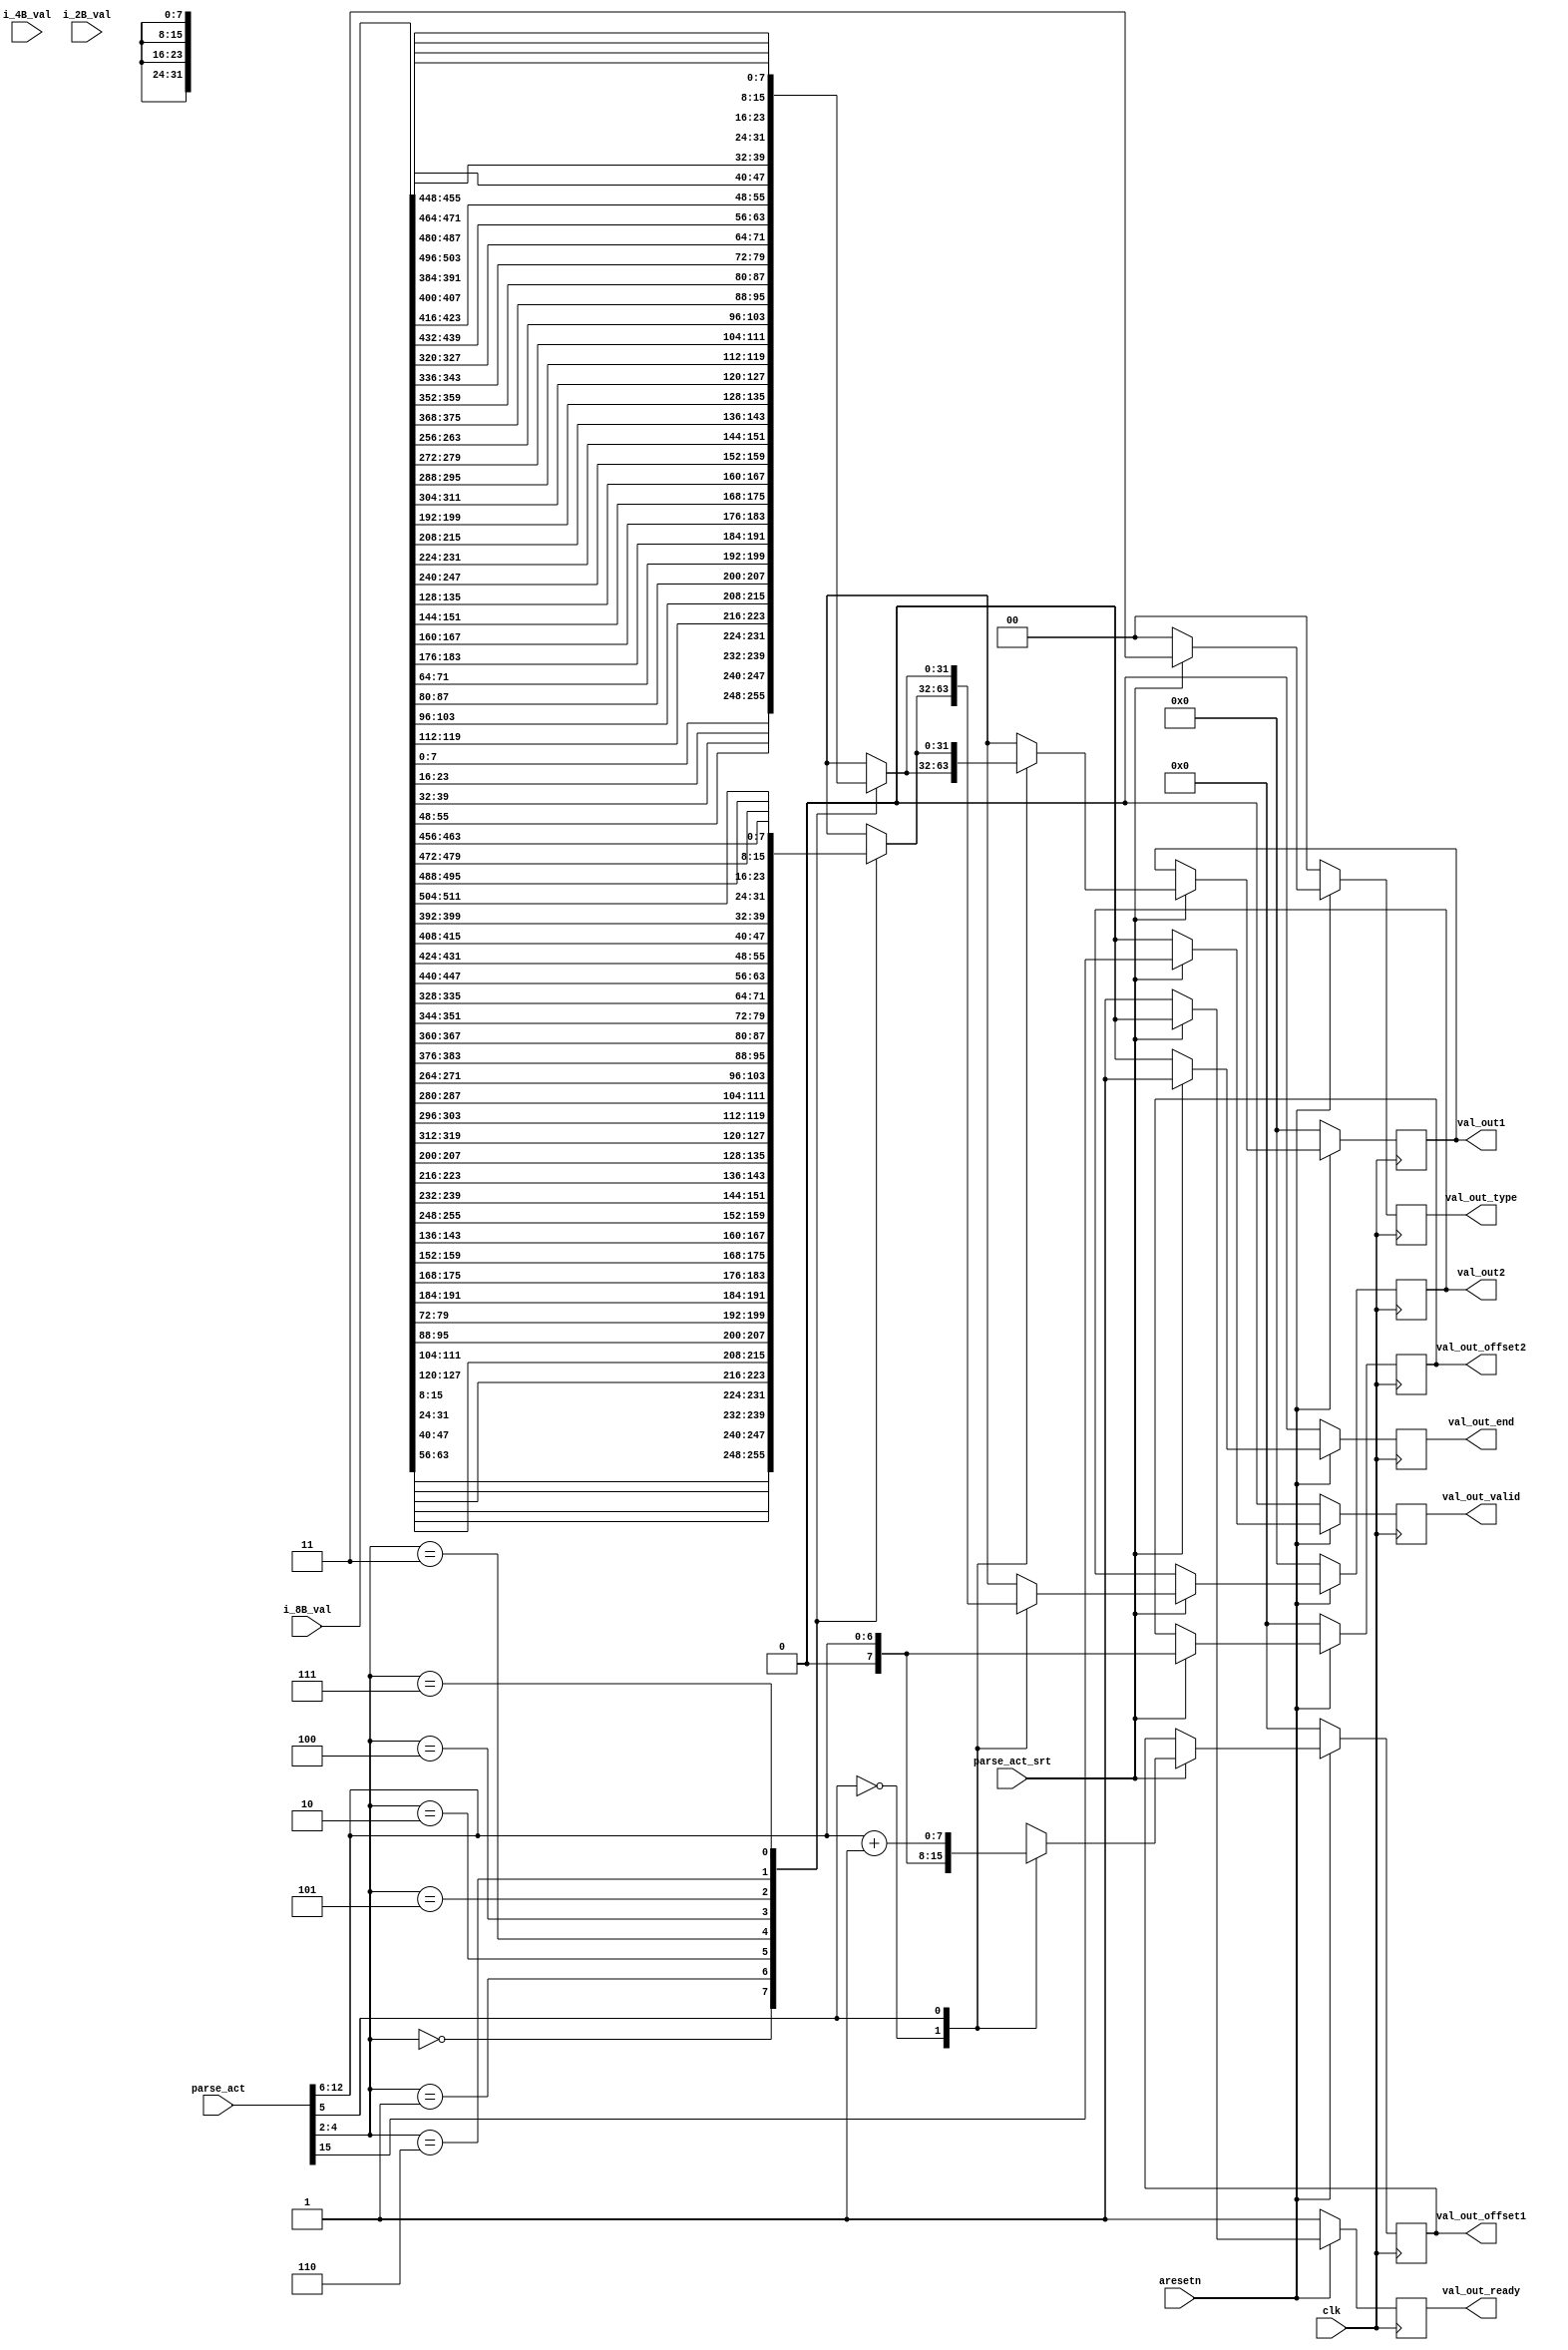
//15332
//[15] tvalid
//[12:8] Bytes offset 0-255,0-111:11111
//[7:5] Byte_in_seg
//[4:2] val_index
//[1:0] val_type,01:2B;10:4B;11:8B

//[12:5] Bytes by 32 bit
`timescale 1ns / 1ps
//////////////////////////////////////////////////////////////////////////////////
// Company: 
// Engineer: 
// 
// Design Name: 
// Module Name: sub_deparser_8B
// Project Name: 
// Target Devices: 
// Tool Versions: 
// Description: 
// 
// Dependencies: 
// 
// Revision:
// Revision 0.01 - File Created
// Additional Comments:
// 
//////////////////////////////////////////////////////////////////////////////////


module sub_deparser_8B #(
    parameter C_PKT_VEC_WIDTH = (8+4+2)*8*8+256,
	parameter C_PARSE_ACT_LEN = 16						// only 6 bits are used here
    )
(
	input										clk,
	input										aresetn,

	input										parse_act_srt,//start parse_act
	input [C_PARSE_ACT_LEN-1:0]					parse_act,
	// input [C_PKT_VEC_WIDTH-1:0]					phv_in,
	
	input [511:0]                               i_8B_val,
	input [255:0]                               i_4B_val,
	input [127:0]                               i_2B_val,

	output reg									val_out_valid,
	// output reg [63:0]							val_out,//here we can get nuturely get the val_by parser_index
	output reg [31:0]                           val_out1,
	output reg [31:0]                           val_out2,
	output reg [1:0]							val_out_type,
	output reg [7:0]                            val_out_offset1,
	output reg [7:0]                            val_out_offset2,
	output reg                                  val_out_end,
	output reg                                  val_out_ready
);

// always @(posedge clk) begin
// 	if (~aresetn) begin
// 		val_out_valid <= 0;
// 		val_out_end <= 0;
// 		val_out_ready <= 1'b1;
// 		val_out <= 0;
// 		val_out_type <= 0;
// 		val_out_offset <= 0;
// 	end
// 	else begin
// 		if (parse_act_srt) begin
// 			val_out_valid <= parse_act[15];
// 			val_out_offset <= parse_act[12:5];
// 			val_out_end <= 1'b1;
// 			val_out_ready <= 1'b0;
// 			val_out_type <= 2'b11;
// 			case(parse_act[4:2])
// 				3'd0: val_out[63:0] <= i_8B_val[64*0 +: 64];
// 				3'd1: val_out[63:0] <= i_8B_val[64*1 +: 64];
// 				3'd2: val_out[63:0] <= i_8B_val[64*2 +: 64];
// 				3'd3: val_out[63:0] <= i_8B_val[64*3 +: 64];
// 				3'd4: val_out[63:0] <= i_8B_val[64*4 +: 64];
// 				3'd5: val_out[63:0] <= i_8B_val[64*5 +: 64];
// 				3'd6: val_out[63:0] <= i_8B_val[64*6 +: 64];
// 				3'd7: val_out[63:0] <= i_8B_val[64*7 +: 64];
// 			endcase
// 		end
// 		else begin
// 			val_out_type <= 0;
// 			val_out_end <= 1'b0;
// 			val_out_ready <= 1'b1;
// 			val_out_offset <= val_out_offset;
// 			val_out_valid <= 1'b0;
// 			val_out <= val_out;
// 		end
// 	end
// end

always @(posedge clk) begin
	if (~aresetn) begin
		val_out_valid <= 0;
		val_out_end <= 0;
		val_out_ready <= 1'b1;
		val_out1 <= 0;
		val_out2 <= 0;
		val_out_type <= 0;
		val_out_offset1 <= 0;
		val_out_offset2 <= 0;
	end
	else begin
		if (parse_act_srt) begin
			val_out_valid <= parse_act[15];
			val_out_end <= 1'b1;
			val_out_ready <= 1'b0;
			val_out_type <= 2'b11;
			case(parse_act[5])
				0:begin
					val_out_offset1 <= parse_act[12:6];//
					val_out_offset2 <= parse_act[12:6];//
					case(parse_act[4:2])//
						3'd0: begin
							val_out1[31:0] <= {i_8B_val[8*6 +: 8],i_8B_val[8*4 +: 8],i_8B_val[8*2 +: 8],i_8B_val[8*0 +: 8]};
							val_out2[31:0] <= {i_8B_val[8*7 +: 8],i_8B_val[8*5 +: 8],i_8B_val[8*3 +: 8],i_8B_val[8*1 +: 8]};
						end
						3'd1: begin
							val_out1[31:0] <= {i_8B_val[8*14 +: 8],i_8B_val[8*12 +: 8],i_8B_val[8*10 +: 8],i_8B_val[8*8 +: 8]};
							val_out2[31:0] <= {i_8B_val[8*15 +: 8],i_8B_val[8*13 +: 8],i_8B_val[8*11 +: 8],i_8B_val[8*9 +: 8]};
						end
						3'd2: begin 
							val_out1[31:0] <= {i_8B_val[8*22 +: 8],i_8B_val[8*20 +: 8],i_8B_val[8*18 +: 8],i_8B_val[8*16 +: 8]};
							val_out2[31:0] <= {i_8B_val[8*23 +: 8],i_8B_val[8*21 +: 8],i_8B_val[8*19 +: 8],i_8B_val[8*17 +: 8]};
						end
						3'd3: begin 
							val_out1[31:0] <= {i_8B_val[8*30 +: 8],i_8B_val[8*28 +: 8],i_8B_val[8*26 +: 8],i_8B_val[8*24 +: 8]};
							val_out2[31:0] <= {i_8B_val[8*31 +: 8],i_8B_val[8*29 +: 8],i_8B_val[8*27 +: 8],i_8B_val[8*25 +: 8]};
						end
						3'd4: begin 
							val_out1[31:0] <= {i_8B_val[8*38 +: 8],i_8B_val[8*36 +: 8],i_8B_val[8*34 +: 8],i_8B_val[8*32 +: 8]};
							val_out2[31:0] <= {i_8B_val[8*39 +: 8],i_8B_val[8*37 +: 8],i_8B_val[8*35 +: 8],i_8B_val[8*33 +: 8]};
						end
						3'd5: begin 
							val_out1[31:0] <= {i_8B_val[8*46 +: 8],i_8B_val[8*44 +: 8],i_8B_val[8*42 +: 8],i_8B_val[8*40 +: 8]};
							val_out2[31:0] <= {i_8B_val[8*47 +: 8],i_8B_val[8*45 +: 8],i_8B_val[8*43 +: 8],i_8B_val[8*41 +: 8]};
						end
						3'd6: begin 
							val_out1[31:0] <= {i_8B_val[8*54 +: 8],i_8B_val[8*52 +: 8],i_8B_val[8*50 +: 8],i_8B_val[8*48 +: 8]};
							val_out2[31:0] <= {i_8B_val[8*55 +: 8],i_8B_val[8*53 +: 8],i_8B_val[8*51 +: 8],i_8B_val[8*49 +: 8]};
						end
						3'd7: begin 
							val_out1[31:0] <= {i_8B_val[8*62 +: 8],i_8B_val[8*60 +: 8],i_8B_val[8*58 +: 8],i_8B_val[8*56 +: 8]};
							val_out2[31:0] <= {i_8B_val[8*63 +: 8],i_8B_val[8*61 +: 8],i_8B_val[8*59 +: 8],i_8B_val[8*57 +: 8]};
						end
					endcase
				end
				1:begin
					val_out_offset1 <= parse_act[12:6]+1'b1;//
					val_out_offset2 <= parse_act[12:6];//
					case(parse_act[4:2])
						3'd0: begin
							val_out1[31:0] <= {i_8B_val[8*7 +: 8],i_8B_val[8*5 +: 8],i_8B_val[8*3 +: 8],i_8B_val[8*1 +: 8]};
							val_out2[31:0] <= {i_8B_val[8*6 +: 8],i_8B_val[8*4 +: 8],i_8B_val[8*2 +: 8],i_8B_val[8*0 +: 8]};
						end
						3'd1: begin
							val_out1[31:0] <= {i_8B_val[8*15 +: 8],i_8B_val[8*13 +: 8],i_8B_val[8*11 +: 8],i_8B_val[8*9 +: 8]};
							val_out2[31:0] <= {i_8B_val[8*14 +: 8],i_8B_val[8*12 +: 8],i_8B_val[8*10 +: 8],i_8B_val[8*8 +: 8]};
						end
						3'd2: begin 
							val_out1[31:0] <= {i_8B_val[8*23 +: 8],i_8B_val[8*21 +: 8],i_8B_val[8*19 +: 8],i_8B_val[8*17 +: 8]};
							val_out2[31:0] <= {i_8B_val[8*22 +: 8],i_8B_val[8*20 +: 8],i_8B_val[8*18 +: 8],i_8B_val[8*16 +: 8]};
						end
						3'd3: begin 
							val_out1[31:0] <= {i_8B_val[8*31 +: 8],i_8B_val[8*29 +: 8],i_8B_val[8*27 +: 8],i_8B_val[8*25 +: 8]};
							val_out2[31:0] <= {i_8B_val[8*30 +: 8],i_8B_val[8*28 +: 8],i_8B_val[8*26 +: 8],i_8B_val[8*24 +: 8]};
						end
						3'd4: begin 
							val_out1[31:0] <= {i_8B_val[8*39 +: 8],i_8B_val[8*37 +: 8],i_8B_val[8*35 +: 8],i_8B_val[8*33 +: 8]};
							val_out2[31:0] <= {i_8B_val[8*38 +: 8],i_8B_val[8*36 +: 8],i_8B_val[8*34 +: 8],i_8B_val[8*32 +: 8]};
						end
						3'd5: begin 
							val_out1[31:0] <= {i_8B_val[8*47 +: 8],i_8B_val[8*45 +: 8],i_8B_val[8*43 +: 8],i_8B_val[8*41 +: 8]};
							val_out2[31:0] <= {i_8B_val[8*46 +: 8],i_8B_val[8*44 +: 8],i_8B_val[8*42 +: 8],i_8B_val[8*40 +: 8]};
						end
						3'd6: begin 
							val_out1[31:0] <= {i_8B_val[8*55 +: 8],i_8B_val[8*53 +: 8],i_8B_val[8*51 +: 8],i_8B_val[8*49 +: 8]};
							val_out2[31:0] <= {i_8B_val[8*54 +: 8],i_8B_val[8*52 +: 8],i_8B_val[8*50 +: 8],i_8B_val[8*48 +: 8]};
						end
						3'd7: begin 
							val_out1[31:0] <= {i_8B_val[8*63 +: 8],i_8B_val[8*61 +: 8],i_8B_val[8*59 +: 8],i_8B_val[8*57 +: 8]};
							val_out2[31:0] <= {i_8B_val[8*62 +: 8],i_8B_val[8*60 +: 8],i_8B_val[8*58 +: 8],i_8B_val[8*56 +: 8]};
						end
					endcase
				end
			endcase
		end
		else begin
			val_out_type <= 0;
			val_out_end <= 1'b0;
			val_out_ready <= 1'b1;
			val_out_offset1 <= val_out_offset1;
			val_out_offset2 <= val_out_offset2;
			val_out_valid <= 1'b0;
			val_out1 <= val_out1;
			val_out2 <= val_out2;
		end
	end
end


endmodule